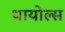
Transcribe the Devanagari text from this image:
थायोल्स